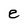
Character: e